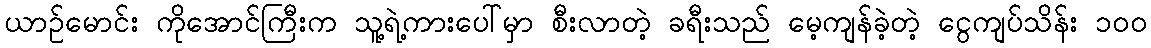
ယာဉ်မောင်း ကိုအောင်ကြီးက သူ့ရဲ့ကားပေါ်မှာ စီးလာတဲ့ ခရီးသည် မေ့ကျန်ခဲ့တဲ့ ငွေကျပ်သိန်း ၁၀၀